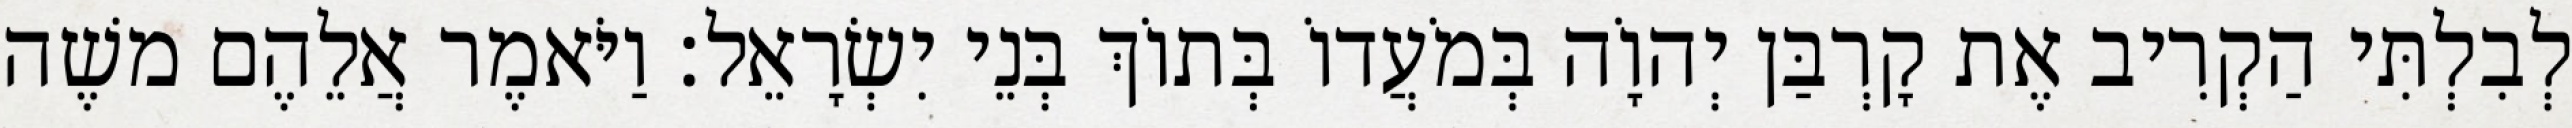
לְבִלְתִּי הַקְרִיב אֶת קָרְבַּן יְהוָֹה בְּמֹעֲדוֹ בְּתוֹךְ בְּנֵי יִשְׂרָאֵל׃ וַיֹּאמֶר אֲלֵהֶם משֶׁה